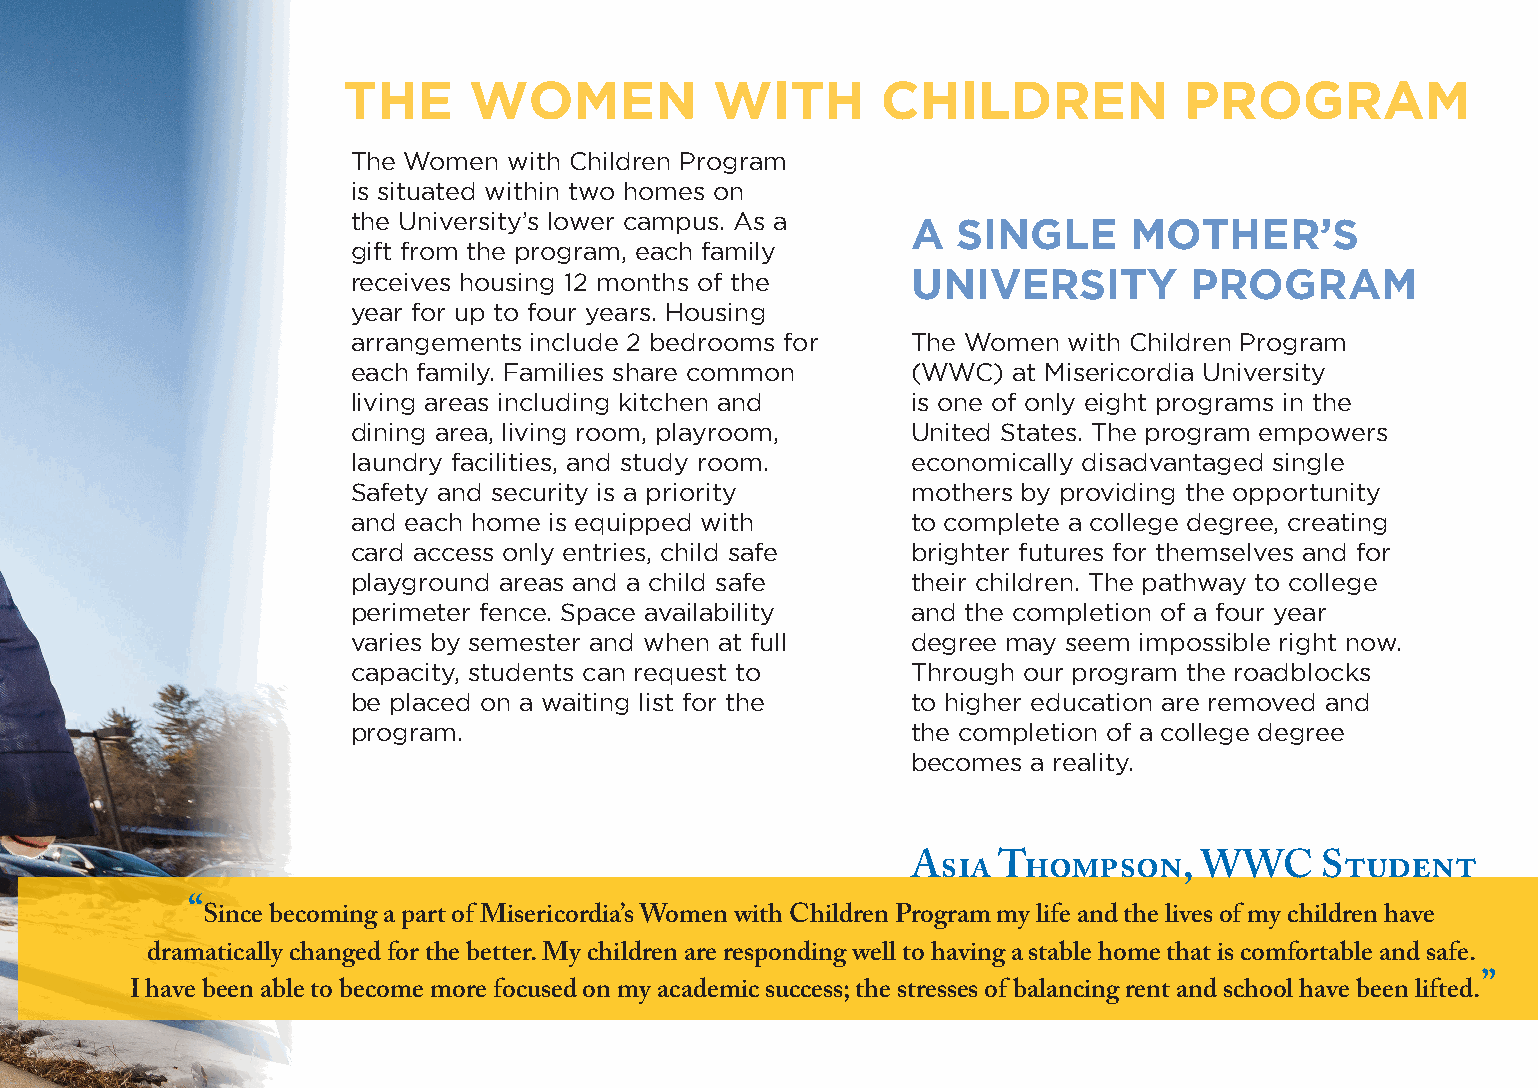
THE     WOMEN           WITH       CHILDREN            PROGRAM
 The Women  with Children Program
 is situated within two homes on
 the University’s lower campus. As a  A  SINGLE      MOTHER’S
 gift from the program, each family
 receives housing 12 months of the    UNIVERSITY         PROGRAM
 year for up to four years. Housing
 arrangements include 2 bedrooms for  The Women  with Children Program
 each family. Families share common   (WWC)  at Misericordia University
 living areas including kitchen and   is one of only eight programs in the
 dining area, living room, playroom,  United States. The program empowers
 laundry facilities, and study room.  economically disadvantaged single
 Safety and security is a priority    mothers by providing the opportunity
 and each home is equipped with       to complete a college degree, creating
 card access only entries, child safe brighter futures for themselves and for
 playground areas and a child safe    their children. The pathway to college
 perimeter fence. Space availability  and the completion of a four year
 varies by semester and when at full  degree may seem impossible right now.
 capacity, students can request to    Through our program the roadblocks
 be placed on a waiting list for the  to higher education are removed and
 program.                             the completion of a college degree
 becomes a reality.
 Asia  Thompson,    WWC     Student
 “Since becoming a part of Misericordia’s Women with Children Program my life and the lives of my children have
 dramatically changed for the better. My children are responding well to having a stable home that is comfortable and safe.
 I have been able to become more focused on my academic success; the stresses of balancing rent and school have been lifted.”